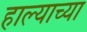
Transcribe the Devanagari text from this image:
हाल्याच्या